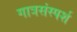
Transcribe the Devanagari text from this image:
गात्रसंस्पर्श